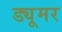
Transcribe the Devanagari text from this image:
ड्यूमर